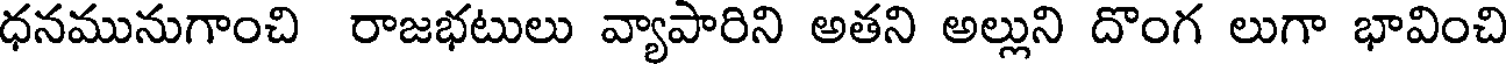
ధనమునుగాంచి రాజభటులు వ్యాపారిని అతని అల్లుని దొంగ లుగా భావించి